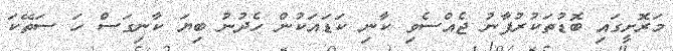
މަރޮށީގައި ބޮޑުތަކުރުފާނު ޖެއްސެވި ކާނި ކަޑައަކުން ހެދުނު ބިޔަ ކާނިގަސް ހަ ސަތޭކަ